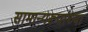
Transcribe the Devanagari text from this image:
सामान्यरूपांच्या